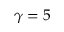
\gamma = 5